Scientific memoirs by medical officers of the Army of India - Part II,
Year: 1886
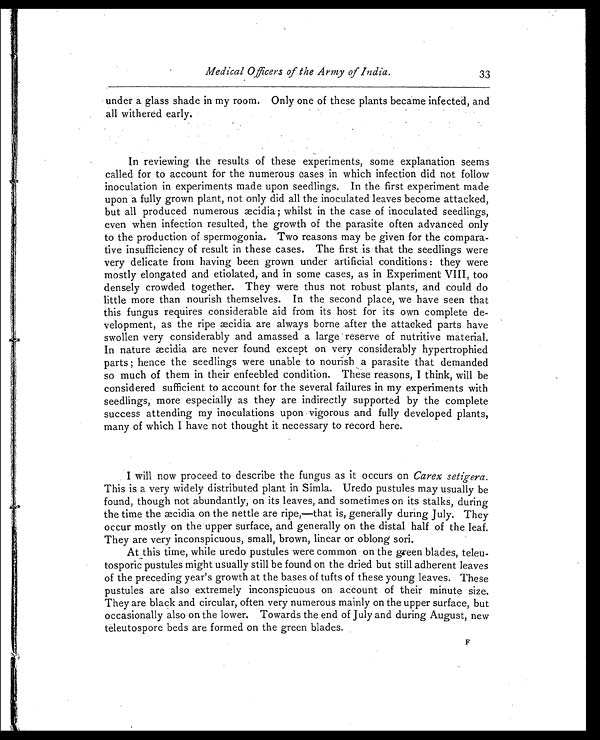
Medical Officers of the Army of India.
33
under a glass shade in my room. Only one of these plants became infected, and
all withered early.
In reviewing the results of these experiments, some explanation seems
called for to account for the numerous cases in which infection did not follow
inoculation in experiments made upon seedlings. In the first experiment made
upon a fully grown plant, not only did all the inoculated leaves become attacked,
but all produced numerous æcidia ; whilst in the case of inoculated seedlings,
even when infection resulted, the growth of the parasite often advanced only
to the production of spermogonia. Two reasons may be given for the compara-
tive insufficiency of result in these cases. The first is that the seedlings were
very delicate from having been grown under artificial conditions : they were
mostly elongated and etiolated, and in some cases, as in Experiment VIII, too
densely crowded together. They were thus not robust plants, and could do
little more than nourish themselves. In the second place, we have seen that
this fungus requires considerable aid from its host for its own complete de-
velopment, as the ripe æcidia are always borne after the attacked parts have
swollen very considerably and amassed a large reserve of nutritive material.
In nature æcidia are never found except on very considerably hypertrophied
parts ; hence the seedlings were unable to nourish a parasite that demanded
so much of them in their enfeebled condition. These reasons, I think, will be
considered sufficient to account for the several failures in my experiments with
seedlings, more especially as they are indirectly supported by the complete
success attending my inoculations upon vigorous and fully developed plants,
many of which I have not thought it necessary to record here.
I will now proceed to describe the fungus as it occurs on Carex setigera.
This is a very widely distributed plant in Simla. Uredo pustules may usually be
found, though not abundantly, on its leaves, and sometimes on its stalks, during
the time the æcidia on the nettle are ripe,—that is, generally during July. They
occur mostly on the upper surface, and generally on the distal half of the leaf.
They are very inconspicuous, small, brown, linear or oblong sori.
At this time, while uredo pustules were common on the green blades, teleu-
tosporic pustules might usually still be found on the dried but still adherent leaves
of the preceding year's growth at the bases of tufts of these young leaves. These
pustules are also extremely inconspicuous on account of their minute size.
They are black and circular, often very numerous mainly on the upper surface, but
occasionally also on the lower. Towards the end of July and during August, new
teleutospore beds are formed on the green blades.